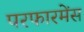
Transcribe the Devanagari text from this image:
परफारमेंस